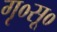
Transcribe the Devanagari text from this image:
गृ०सू०